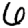
Digit: 6